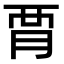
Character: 𧟩